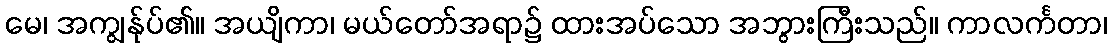
မေ၊ အကျွန်ုပ်၏။ အယျိကာ၊ မယ်တော်အရာ၌ ထားအပ်သော အဘွားကြီးသည်။ ကာလင်္ကတာ၊